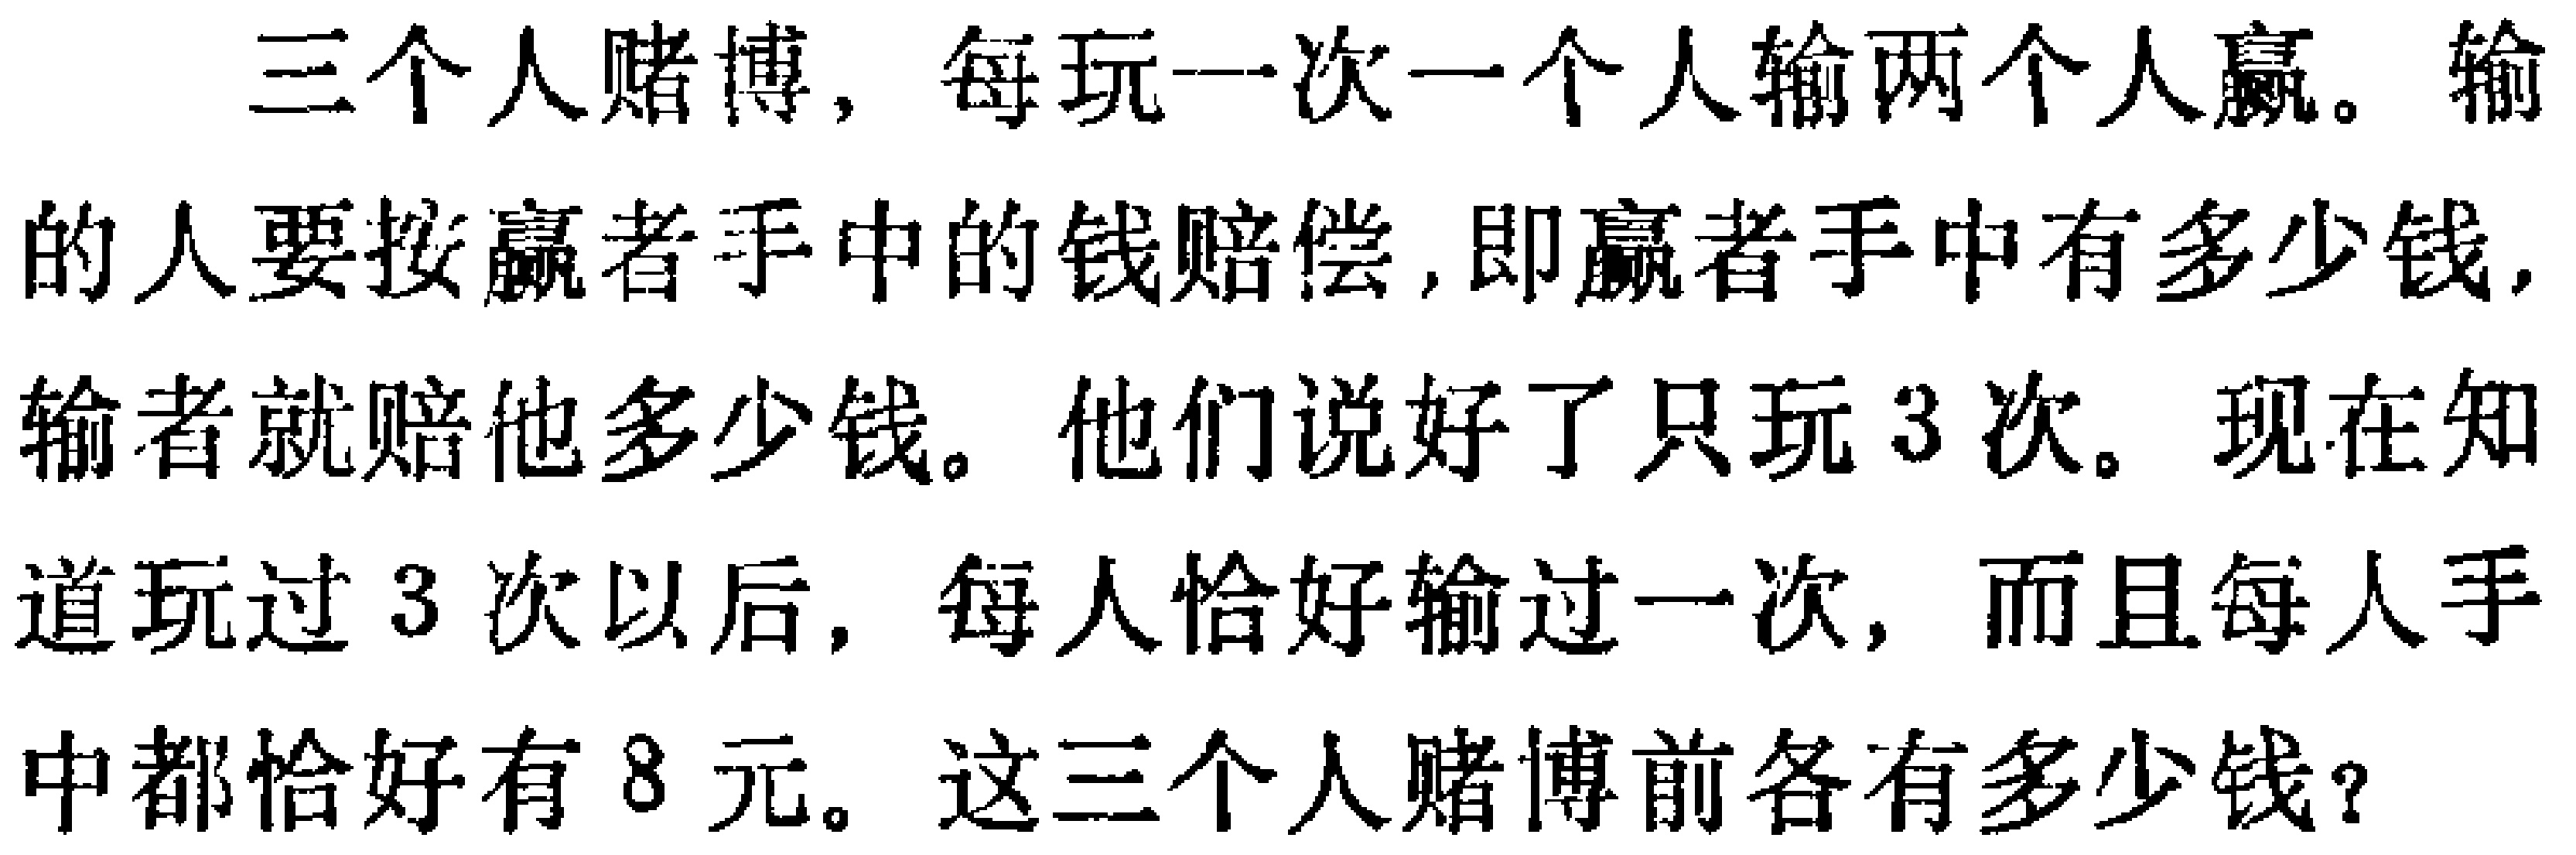
三个人赌博，每玩一次一个人输两个人赢。输的人要按赢者手中的钱赔偿，即赢者手中有多少钱，输者就赔他多少钱。他们说好了只玩3次。现在知道玩过3次以后，每人恰好输过一次，而且每人手中都恰好有8元。这三个人赌博前各有多少钱？